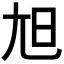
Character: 𡯙